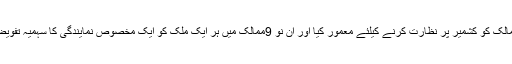
اقوام متحدہ نے 1949 میں نو9ممالک کو کشمیر پر نظارت کرنے کیلئے معمور کیا اور ان نو 9ممالک میں ہر ایک ملک کو ایک مخصوص نمایندگی کا سہمیہ تفویض ہوا ، جس کی تفصیل یو ں ہے ۔